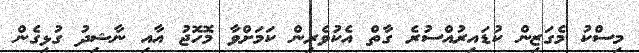
މިސްކު މެގަޒިން ކުޑައިރުއްސުރެ ގާތް އެކުވެރިން ކަމަށްވާ މޮހޮޖު އާއި ނާޝިދު ގުޅިގެން